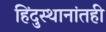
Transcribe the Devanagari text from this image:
हिंदुस्थानांतही